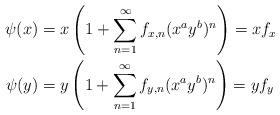
LaTeX: \begin{align*}\psi(x)= {} & x\left(1+\sum_{n=1}^{\infty} f_{x,n}(x^ay^b)^n\right)=xf_x\\\psi(y)= {} & y\left(1+\sum_{n=1}^{\infty} f_{y,n}(x^ay^b)^n\right)=yf_y\end{align*}